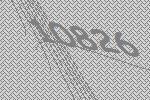
10826